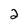
Character: 2